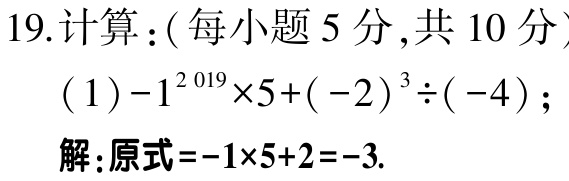
19.计算：(每小题5分,共10分）
（1）\(-1^{2019}\times5+(-2)^{3}\div(-4)\)；
解:原式\(=-1\times5 + 2=-3\).